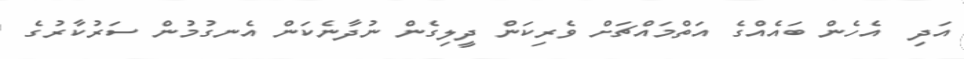
އަދި  އެހެން ބައެއްގެ އަތްމައްޗަށް ވެރިކަން ދީލިގެން ނުދާނެކަން އެނގުމުން ސަރުކާރުގެ